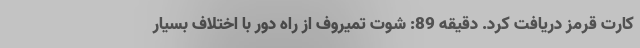
کارت قرمز دریافت کرد. دقیقه 89: شوت تمیروف از راه دور با اختلاف بسیار